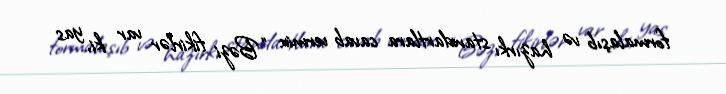
formalaşıb və hazırkı standartlara cavab vermir: “Bəzi fikirlər var ki, yas